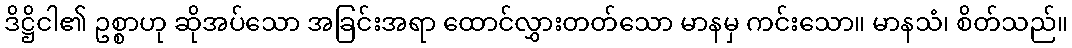
ဒိဋ္ဌိငါ၏ ဥစ္စာဟု ဆိုအပ်သော အခြင်းအရာ ထောင်လွှားတတ်သော မာနမှ ကင်းသော။ မာနသံ၊ စိတ်သည်။